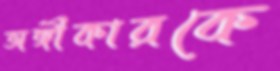
অঙ্গীকারকে